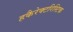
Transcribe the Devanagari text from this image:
हकैरेक्टरिस्टिक